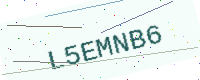
Text: L5EMNB6